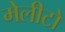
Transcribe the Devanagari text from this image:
मेलीटो